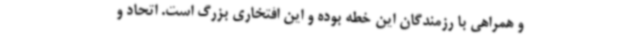
و همراهی با رزمندگان این خطه بوده و این افتخاری بزرگ است. اتحاد و